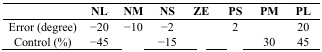
<table><thead><tr><td>[EMPTY_CELL]</td><td><b>NL</b></td><td><b>NM</b></td><td><b>NS</b></td><td><b>ZE</b></td><td><b>PS</b></td><td><b>PM</b></td><td><b>PL</b></td></tr></thead><tbody><tr><td>Error (degree)</td><td>−20</td><td>−10</td><td>−2</td><td>[EMPTY_CELL]</td><td>2</td><td>[EMPTY_CELL]</td><td>20</td></tr><tr><td>Control (%)</td><td>−45</td><td>[EMPTY_CELL]</td><td>−15</td><td>[EMPTY_CELL]</td><td>[EMPTY_CELL]</td><td>30</td><td>45</td></tr></tbody></table>